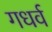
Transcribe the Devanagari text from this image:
गधर्व